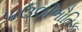
પાઉલીભૌતિક